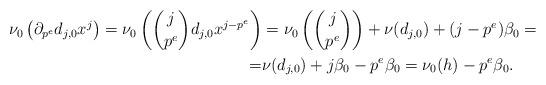
LaTeX: \begin{align*}\nu_0\left(\partial_{p^e} d_{j,0}x^j\right)=\nu_0\left(\binom{j}{p^e} d_{j,0}x^{j-p^e}\right)&=\nu_0\left(\binom{j}{p^e}\right)+\nu(d_{j,0})+(j-p^e)\beta_0=\\=&\nu(d_{j,0})+j\beta_0-p^e\beta_0=\nu_0(h)-p^e\beta_0.\end{align*}